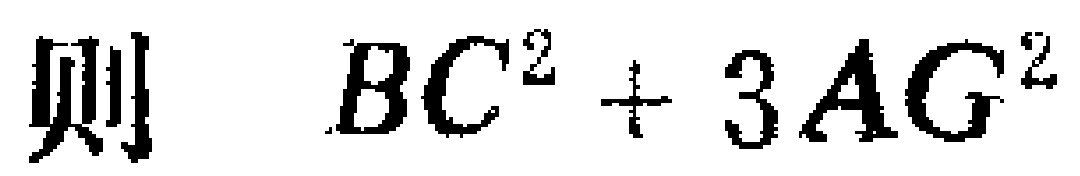
则 \(BC^{2}+3AG^{2}\)